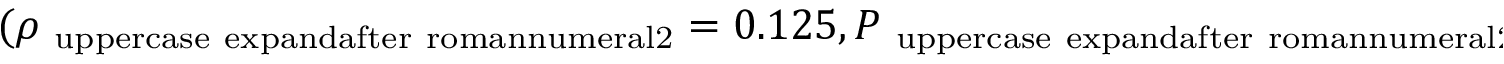
( \rho _ { \mathrm { \ u p p e r c a s e \ e x p a n d a f t e r { \ r o m a n n u m e r a l 2 } } } = 0 . 1 2 5 , P _ { \mathrm { \ u p p e r c a s e \ e x p a n d a f t e r { \ r o m a n n u m e r a l 2 } } } = 0 . 1 )